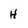
Character: H